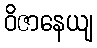
ဝိဇာနေယျ